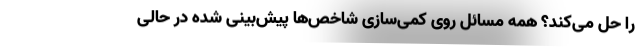
را حل می‌کند؟ همه مسائل روی کمی‌سازی شاخص‌ها پیش‌بینی شده در حالی